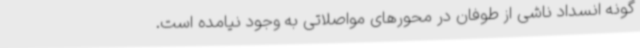
گونه انسداد ناشی از طوفان در محورهای مواصلاتی به وجود نیامده است.